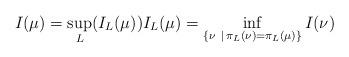
LaTeX: \begin{align*} I(\mu) = \sup_L(I_L(\mu)) I_L(\mu) = \inf_{\{\nu \ |\,\pi_L(\nu)=\pi_L(\mu)\}} I(\nu) \end{align*}